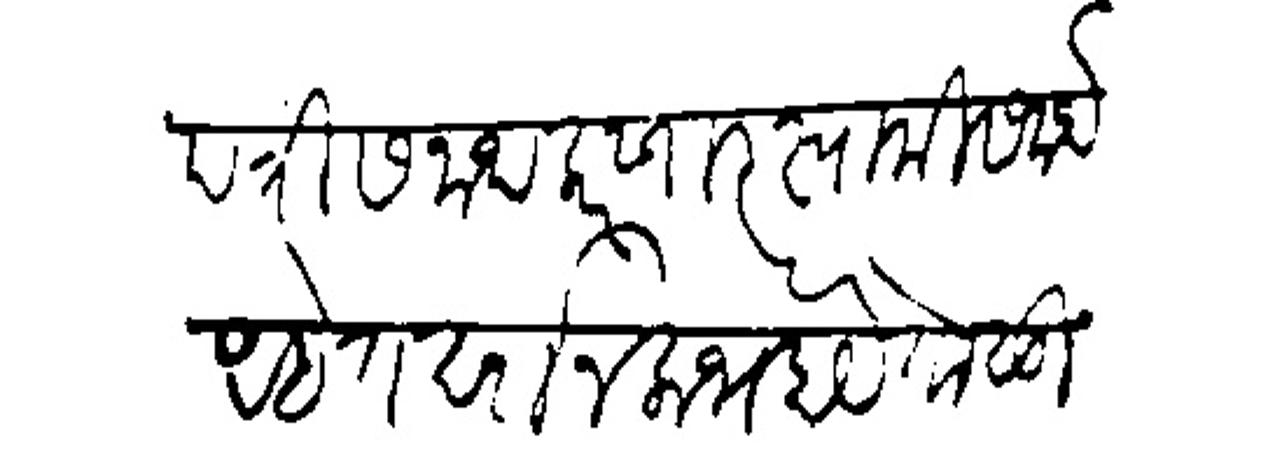
Transliteration (Devanagari): पत्री सनाथ करणार स्वामी समर्थ आहेत दर्शन लाभ होये तो मुदीन